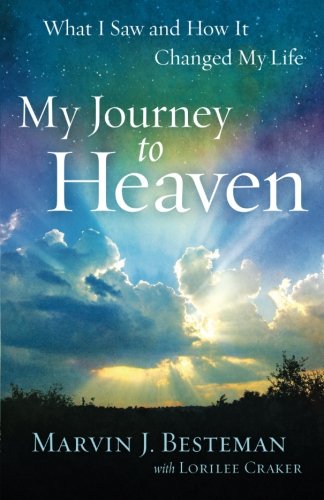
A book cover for My Journey to Heaven: What I Saw and How It Changed My Life; Marvin J. Besteman; Biographies & Memoirs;